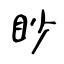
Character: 眇